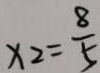
x _ { 2 } = \frac { 8 } { 5 }